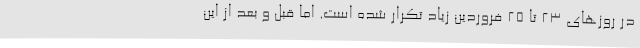
در روزهای ۲۳ تا ۲۵ فروردین زیاد تکرار شده است. اما قبل و بعد از این